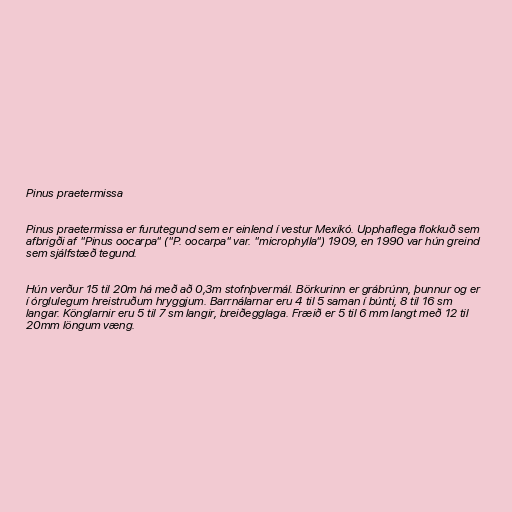
Pinus praetermissa

Pinus praetermissa er furutegund sem er einlend í vestur Mexíkó. Upphaflega flokkuð sem
afbrigði af "Pinus oocarpa" ("P. oocarpa" var. "microphylla") 1909, en 1990 var hún greind
sem sjálfstæð tegund.

Hún verður 15 til 20m há með að 0,3m stofnþvermál. Börkurinn er grábrúnn, þunnur og er
í órglulegum hreistruðum hryggjum. Barrnálarnar eru 4 til 5 saman í búnti, 8 til 16 sm
langar. Könglarnir eru 5 til 7 sm langir, breiðegglaga. Fræið er 5 til 6 mm langt með 12 til
20mm löngum væng.